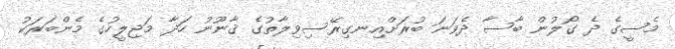
މެސީގެ ދެ ގޯލުން ބާސާ ދެވަނަ ބުރަށްއިނގިރޭސިވިލާތުގެ ޤާނޫނު ހަދާ މަޖިލީހުގެ މެންބަރަކު